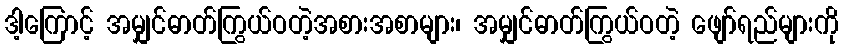
ဒါ့ကြောင့် အမျှင်ဓာတ်ကြွယ်ဝတဲ့အစားအစာများ၊ အမျှင်ဓာတ်ကြွယ်ဝတဲ့ ဖျော်ရည်များကို